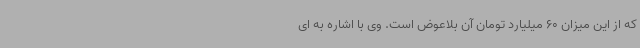
که از این میزان 60 میلیارد تومان آن بلاعوض است. وی با اشاره به ای